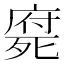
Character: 𣩇